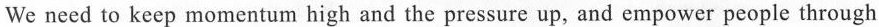
we necd to keep momentum high and the pressure up, and empower people through